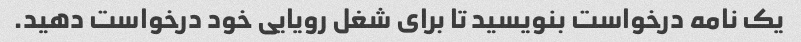
یک نامه درخواست بنویسید تا برای شغل رویایی خود درخواست دهید.